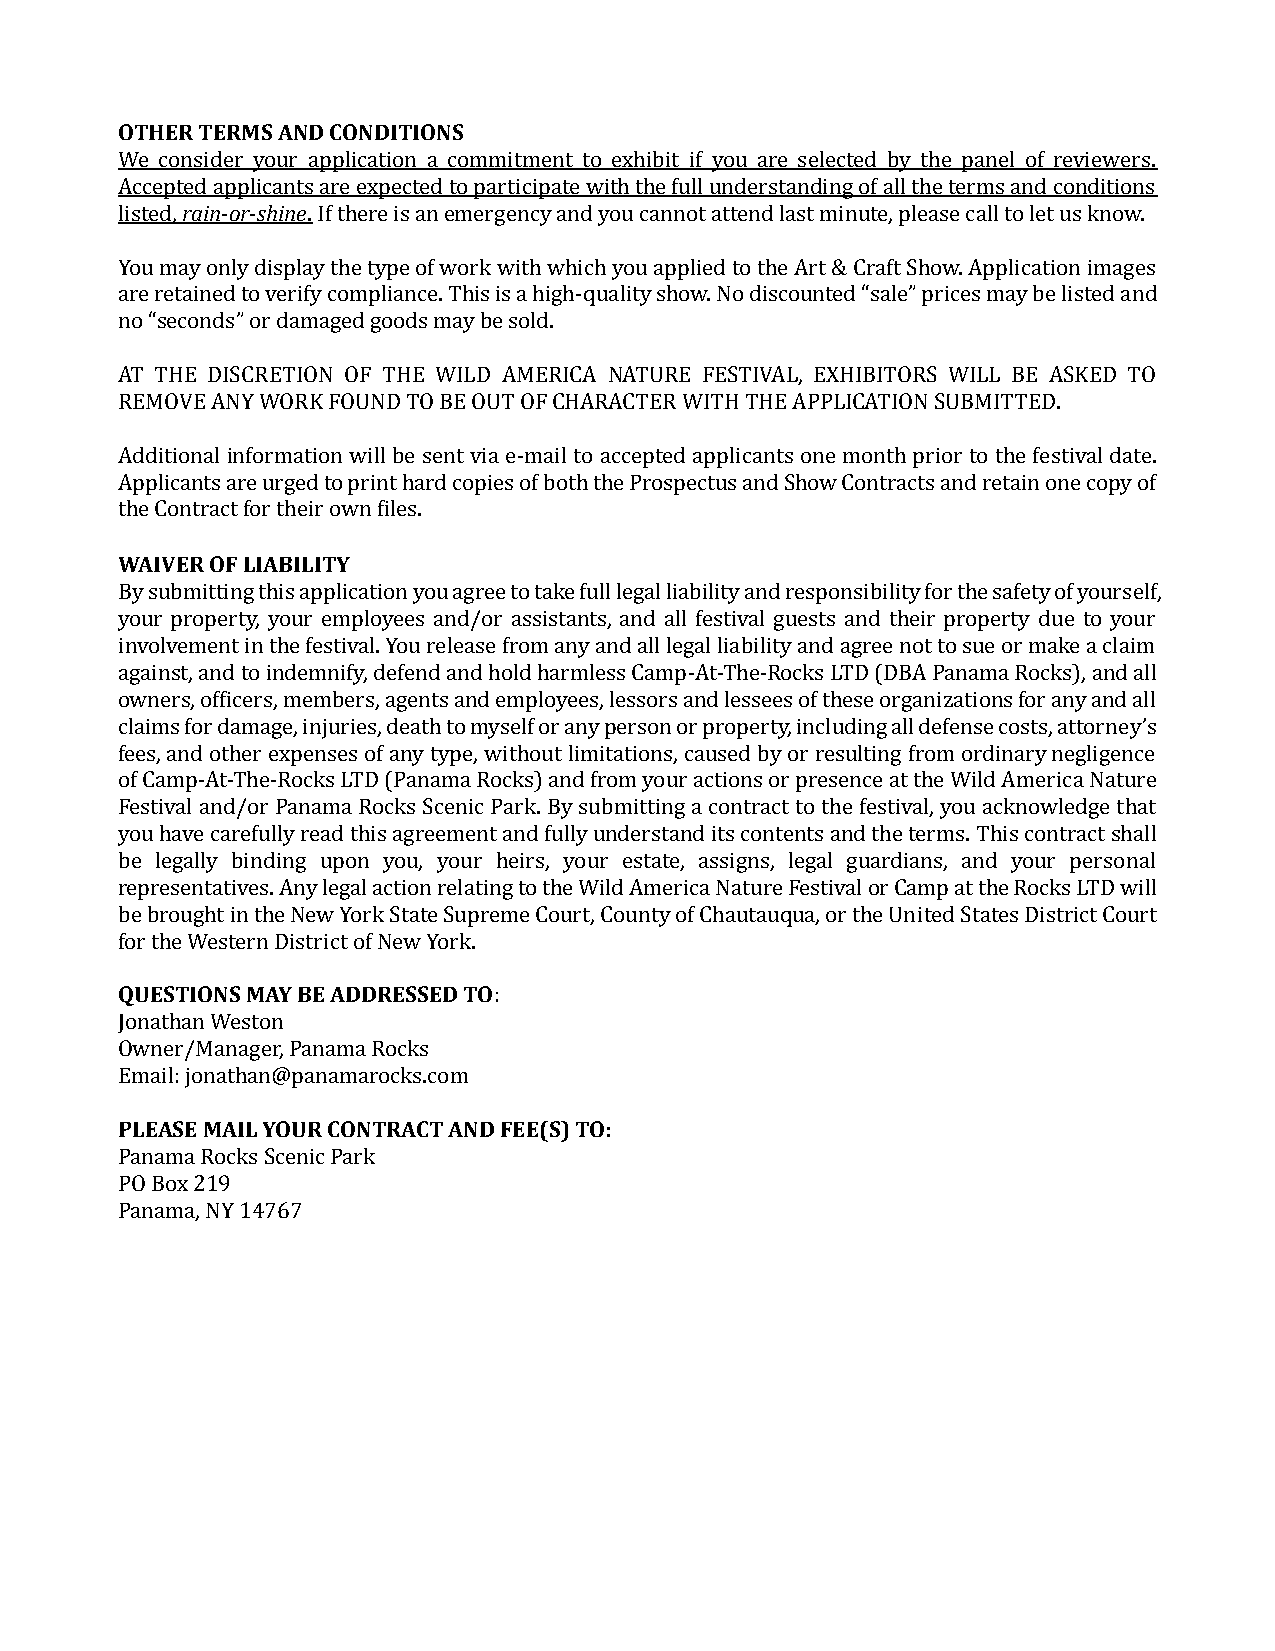
OTHER TERMS AND CONDITIONS
 We consider your application a commitment to exhibit if you are selected by the panel of reviewers.
 Accepted applicants are expected to participate with the full understanding of all the terms and conditions
 listed, rain-or-shine. If there is an emergency and you cannot attend last minute, please call to let us know.
 You may only display the type of work with which you applied to the Art & Craft Show. Application images
 are retained to verify compliance. This is a high-quality show. No discounted “sale” prices may be listed and
 no “seconds” or damaged goods may be sold.
 AT THE DISCRETION OF THE WILD AMERICA NATURE FESTIVAL, EXHIBITORS WILL BE ASKED TO
 REMOVE ANY WORK FOUND TO BE OUT OF CHARACTER WITH THE APPLICATION SUBMITTED.
 Additional information will be sent via e-mail to accepted applicants one month prior to the festival date.
 Applicants are urged to print hard copies of both the Prospectus and Show Contracts and retain one copy of
 the Contract for their own files.
 WAIVER OF LIABILITY
 By submitting this application you agree to take full legal liability and responsibility for the safety of yourself,
 your property, your employees and/or assistants, and all festival guests and their property due to your
 involvement in the festival. You release from any and all legal liability and agree not to sue or make a claim
 against, and to indemnify, defend and hold harmless Camp-At-The-Rocks LTD (DBA Panama Rocks), and all
 owners, officers, members, agents and employees, lessors and lessees of these organizations for any and all
 claims for damage, injuries, death to myself or any person or property, including all defense costs, attorney’s
 fees, and other expenses of any type, without limitations, caused by or resulting from ordinary negligence
 of Camp-At-The-Rocks LTD (Panama Rocks) and from your actions or presence at the Wild America Nature
 Festival and/or Panama Rocks Scenic Park. By submitting a contract to the festival, you acknowledge that
 you have carefully read this agreement and fully understand its contents and the terms. This contract shall
 be legally binding upon you, your heirs, your estate, assigns, legal guardians, and your personal
 representatives. Any legal action relating to the Wild America Nature Festival or Camp at the Rocks LTD will
 be brought in the New York State Supreme Court, County of Chautauqua, or the United States District Court
 for the Western District of New York.
 QUESTIONS MAY BE ADDRESSED TO:
 Jonathan Weston
 Owner/Manager, Panama Rocks
 Email: jonathan@panamarocks.com
 PLEASE MAIL YOUR CONTRACT AND FEE(S) TO:
 Panama Rocks Scenic Park
 PO Box 219
 Panama, NY 14767